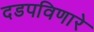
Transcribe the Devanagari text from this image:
दडपविणारे